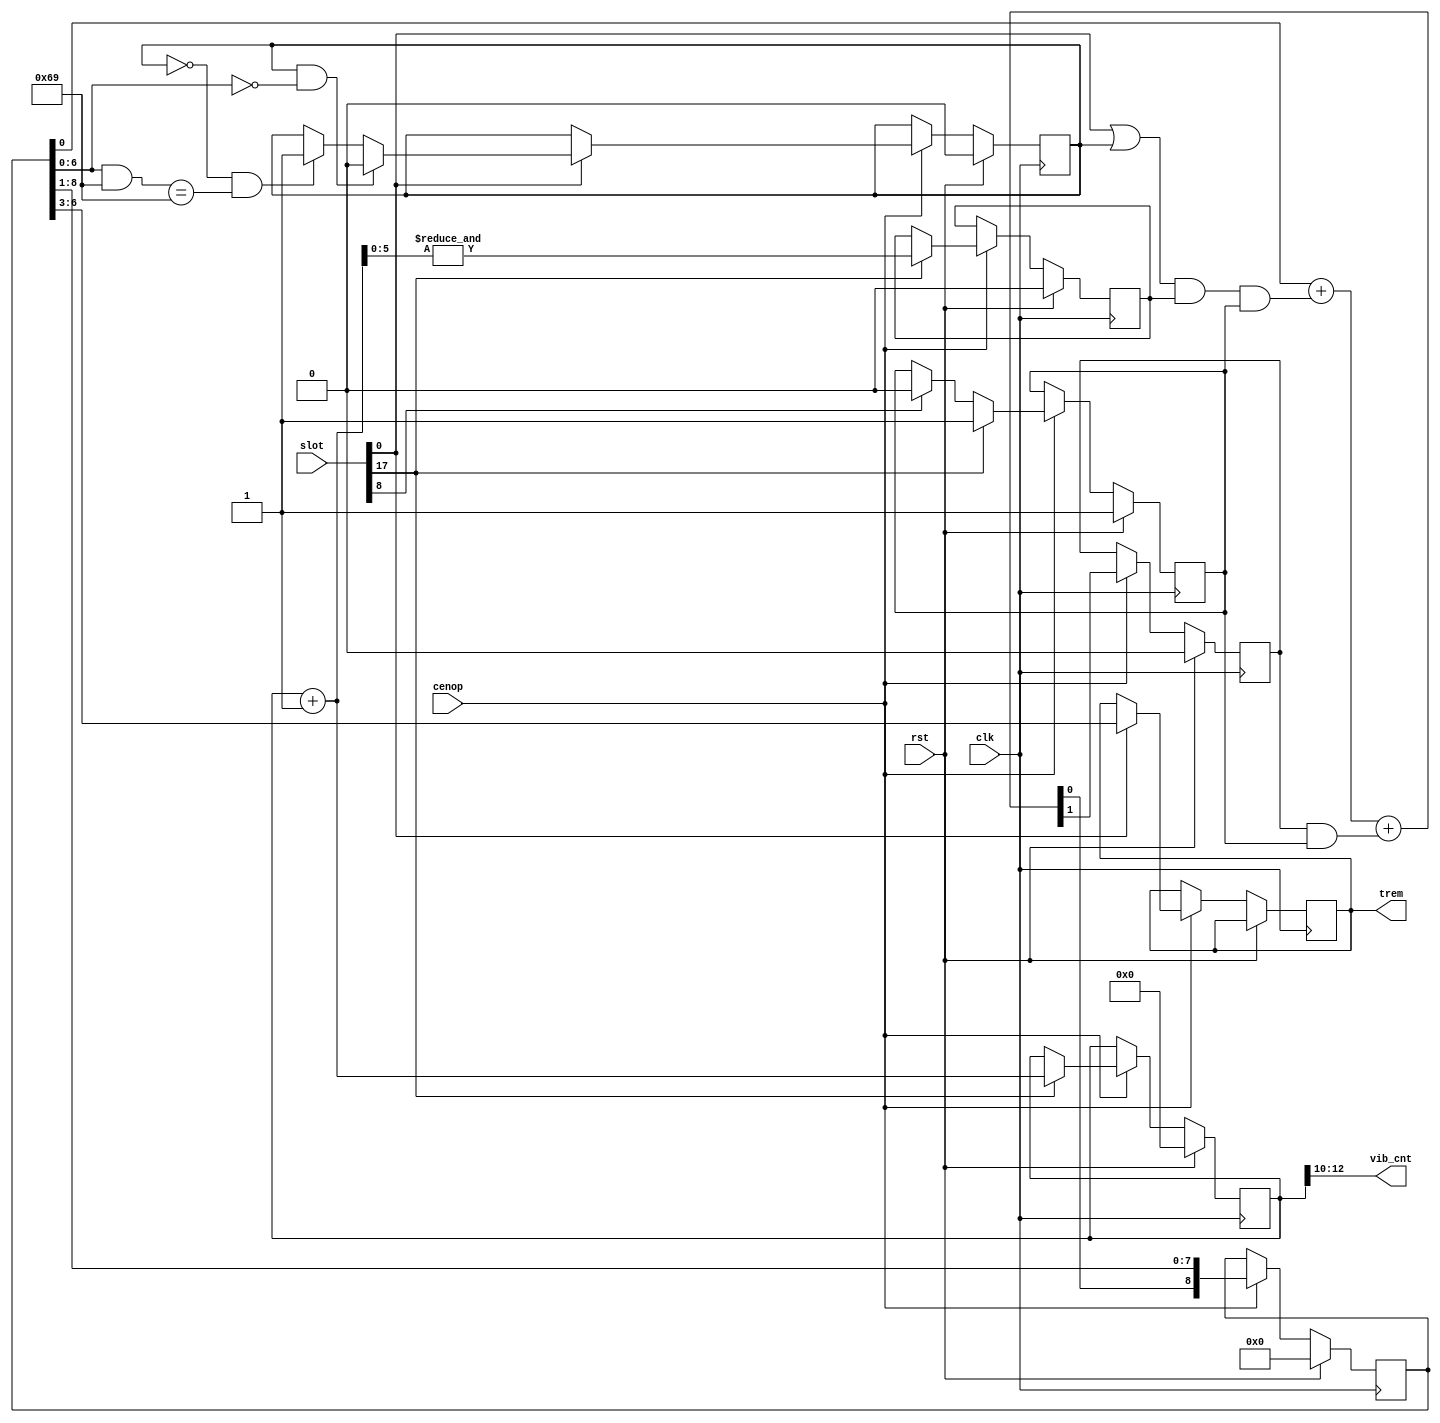
// This program was cloned from: https://github.com/jotego/jtopl
// License: GNU General Public License v3.0

/*  This file is part of JTOPL.

    JTOPL is free software: you can redistribute it and/or modify
    it under the terms of the GNU General Public License as published by
    the Free Software Foundation, either version 3 of the License, or
    (at your option) any later version.

    JTOPL is distributed in the hope that it will be useful,
    but WITHOUT ANY WARRANTY; without even the implied warranty of
    MERCHANTABILITY or FITNESS FOR A PARTICULAR PURPOSE.  See the
    GNU General Public License for more details.

    You should have received a copy of the GNU General Public License
    along with JTOPL.  If not, see <http://www.gnu.org/licenses/>.
    
    Author: Jose Tejada Gomez. Twitter: @topapate
    Version: 1.0
    Date: 21-6-2020
    */

// Follows OPLL Reverse Engineering from Nuked
// https://github.com/nukeykt/Nuked-OPLL

// The AM logic renders a triangular waveform. The logic for it is rather
// obscure, but apparently that's how the original was done

module jtopl_lfo(
    input             rst,
    input             clk,
    input             cenop,
    input      [17:0] slot,
    output     [ 2:0] vib_cnt,
    output reg [ 3:0] trem
);

parameter [6:0] LIM=7'd60;

reg  [12:0] cnt;
reg         am_inc, am_incen, am_dir, am_step;
reg  [ 1:0] am_bit;
reg         am_carry;
reg  [ 8:0] am_cnt;

wire [12:0] next    = cnt+1'b1;

assign vib_cnt = cnt[12:10];

always @(*) begin
    am_inc = (slot[0] | am_dir ) & am_step & am_incen;
    am_bit = {1'b0, am_cnt[0]} + {1'b0, am_inc} + {1'b0, am_carry & am_incen};
end

always @(posedge clk) begin
    if( rst ) begin
        cnt      <= 13'd0;
        am_incen <= 1;
        am_dir   <= 0;
        am_carry <= 0;
        am_cnt   <= 9'd0;
        am_step  <= 0;
    end else if( cenop ) begin
        if( slot[17] ) begin
            cnt      <= next;
            am_step  <= &next[5:0];
            am_incen <= 1;
        end
        else if(slot[8]) am_incen <= 0;        
        am_cnt   <= { am_bit[0], am_cnt[8:1] };
        am_carry <= am_bit[1];
        if( slot[0] ) begin
            if( am_dir && am_cnt[6:0]==7'd0 ) am_dir <= 0;
        else
            if( !am_dir && ( (am_cnt[6:0]&7'h69) == 7'h69) ) am_dir <= 1;
        end
        // output
        if( slot[0] ) trem <= am_cnt[6:3];
    end
end

endmodule